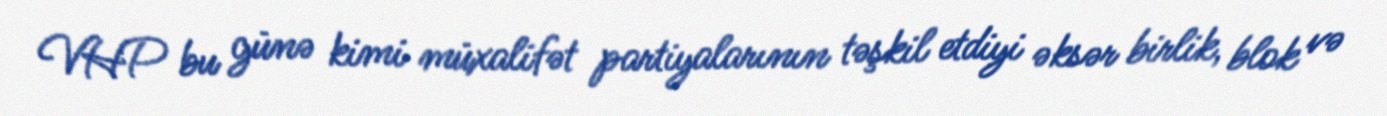
VHP bu günə kimi müxalifət partiyalarının təşkil etdiyi əksər birlik, blok və